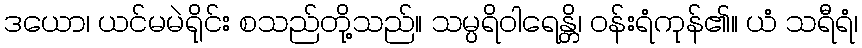
ဒယော၊ ယင်မမဲရိုင်း စသည်တို့သည်။ သမ္ပရိဝါရေန္တိ၊ ဝန်းရံကုန်၏။ ယံ သရီရံ၊